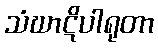
သံဃာဋိပါရုတာ